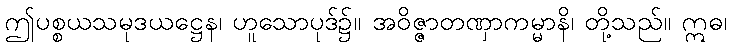
ဤပစ္စယသမုဒယဋ္ဌေန၊ ဟူသောပုဒ်၌။ အဝိဇ္ဇာတဏှာကမ္မာနိ၊ တို့သည်။ ဣဓ၊